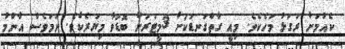
ކެއުމަށް ރަގަޅު މަހެކެވެ. މިއީ ގާތްގަނޑަކަށް 3މީޓަރަށް ބޮޑުވާ މިޔަރެކެވެ. ނަމަވެސް އާންމު